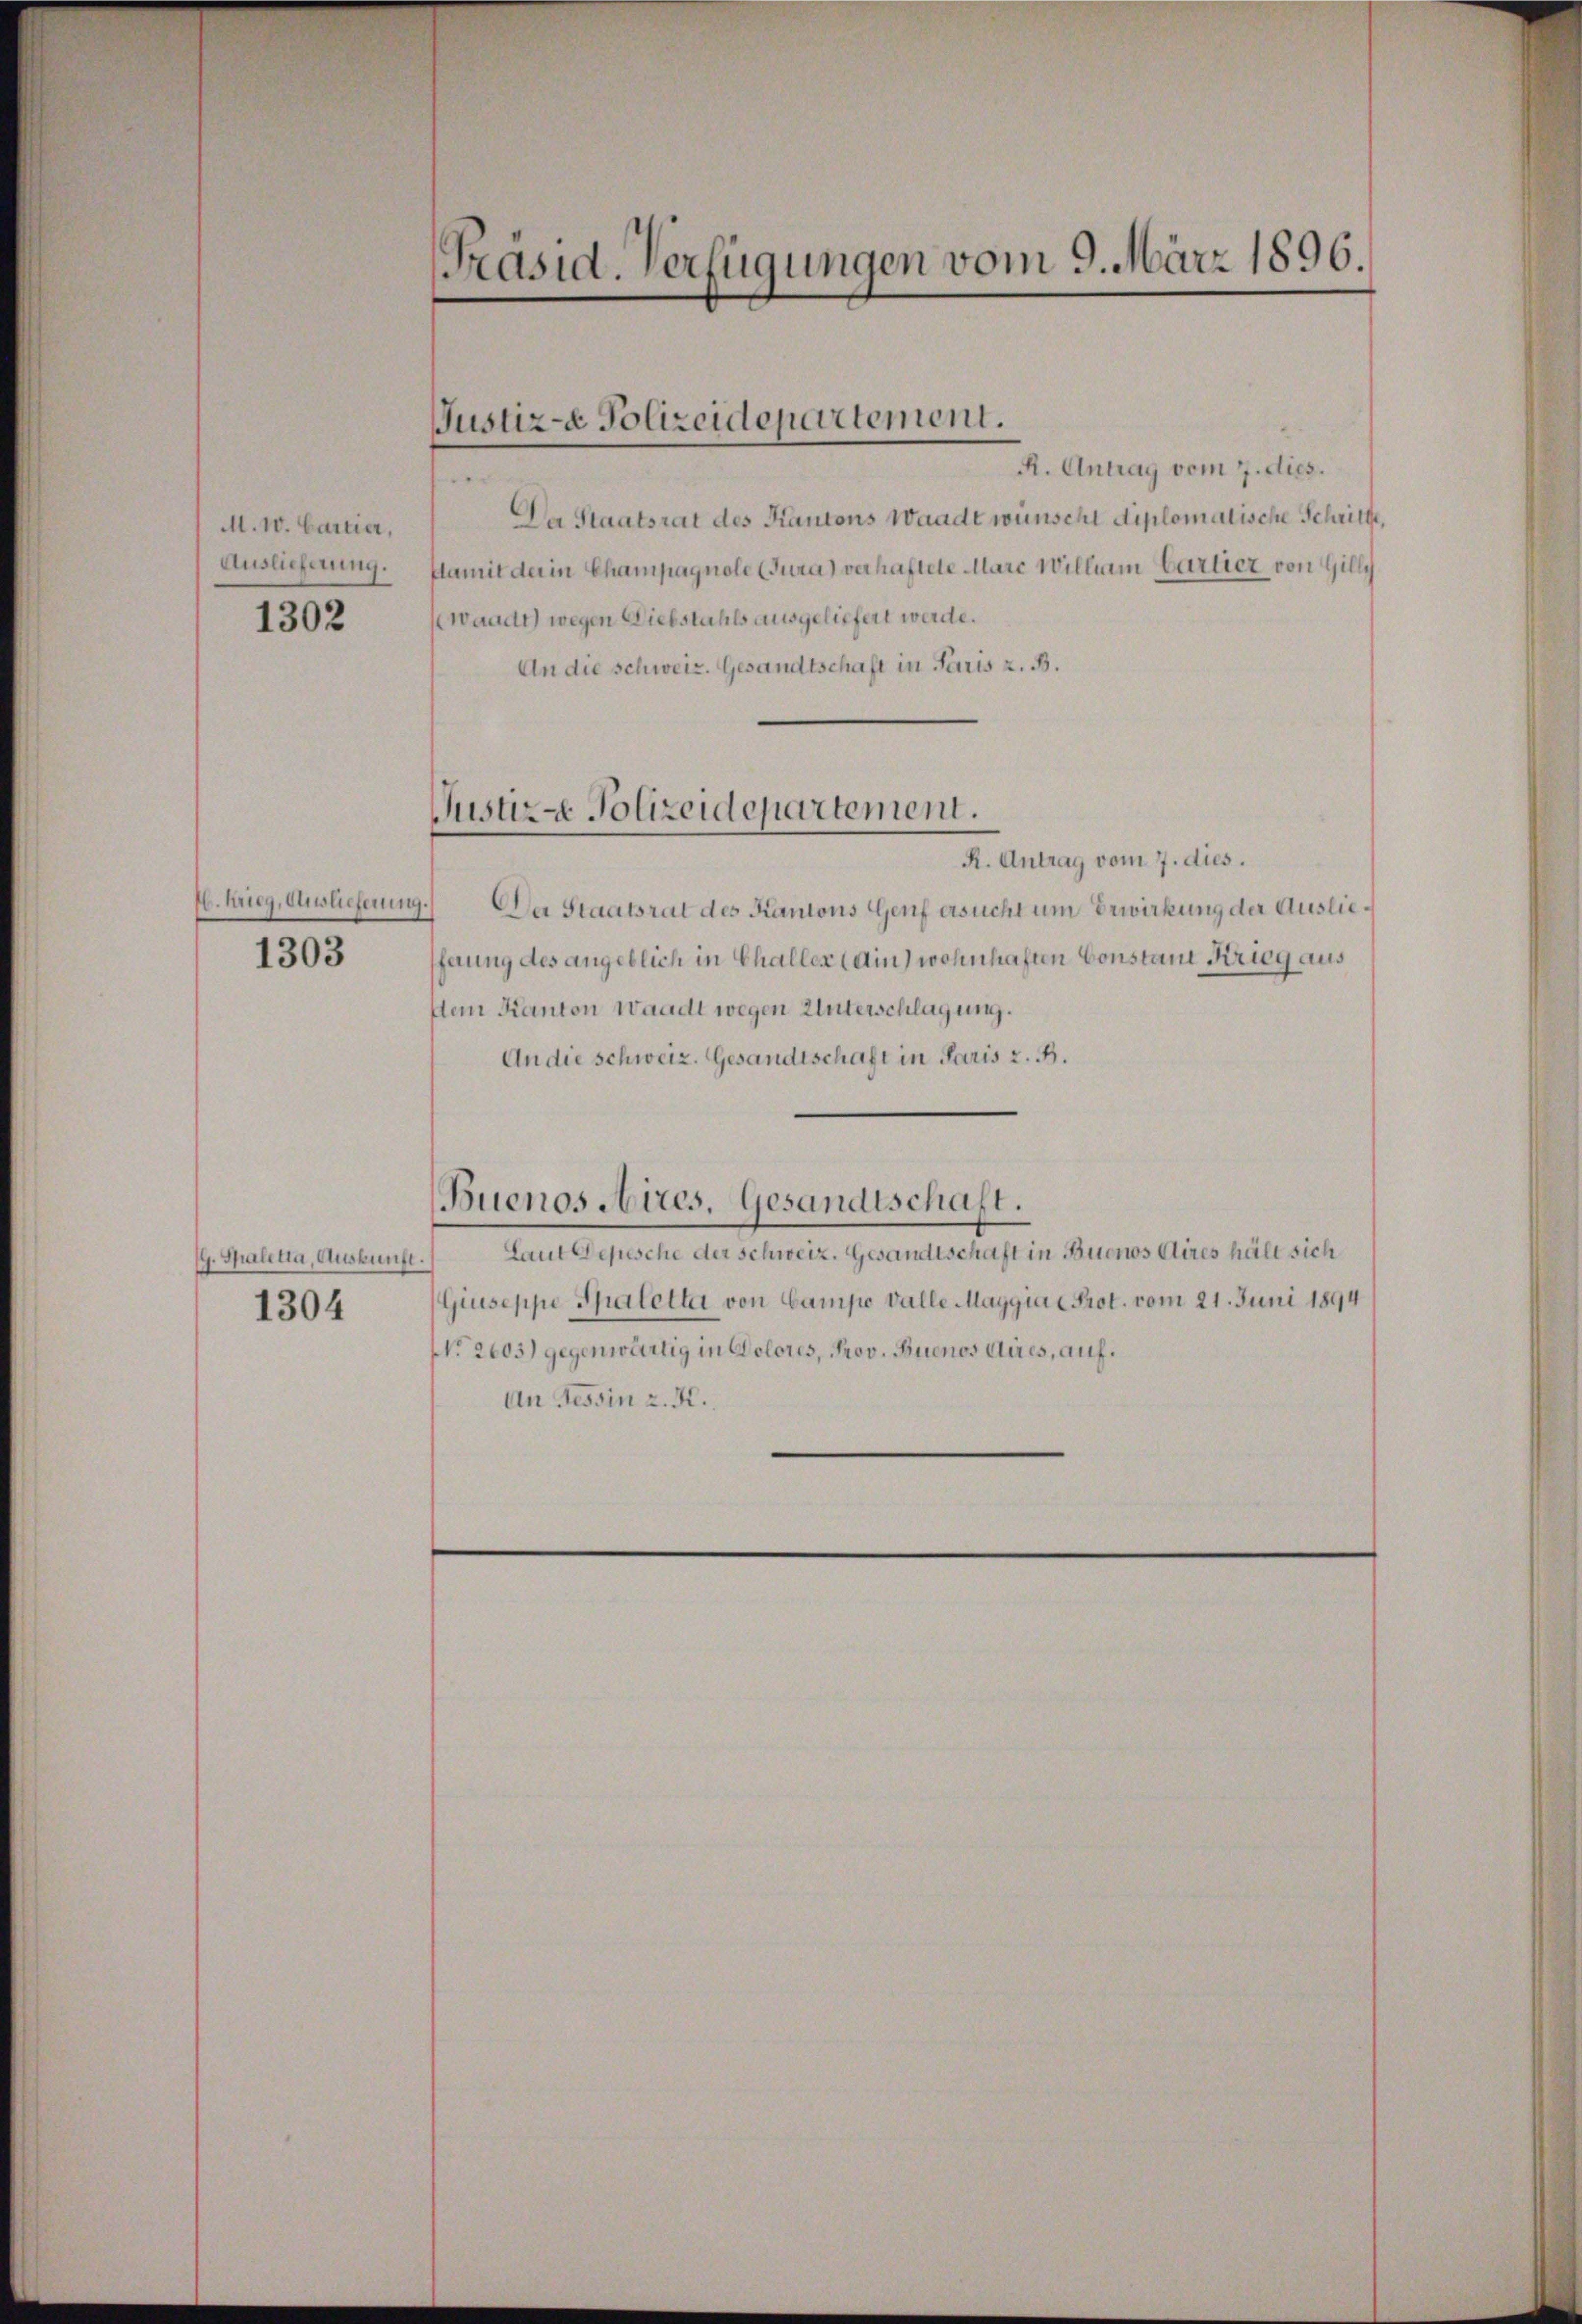
M. 10. Cartier,
Auslieferung.

1302

b. Krieg, Auslieferung.

1303

G. Spalitia, Auskunft.

1304

[Präsid. Verfügungen vom 9. März 1896.

Justiz- & Polizeidepartement.

Justiz - Polizeidepartement.

Buenos Aires. Gesandtschaft.

R. Antrag vom 7. dies.
Da Staatsrat des Kantons Waadt wünscht diplomatische Schritte,
damit der in Champagnole (Tura) verhaftete Marc William bartier von Gilly
waadt) wegen Diebstahls ausgeliefert werde.
An die schweiz. Gesandtschaft in Paris z. B.

R. Antrag vom 7. dies.
Der Staatsrat des Kantons Genf ersucht um Erwirkung der Auslieferung des angeblich in Challer (Ain) wohnhaften Constand Krieg aus
dein Kanton Waadt wegen Unterschlagung.
An die schweiz. Gesandtschaft in Paris z. B.

Laut Depesche der Schweiz. Gesandtschaft in Buenos Aires hält sich
Giuseppe Spaletta von Campe Valle Maggiae Prot. vom 21. Juni 1894
NNo. 2603) gegenwärtig in Dolores, Prov. Buenos Aires, auf.
An Tessin z. K.
e